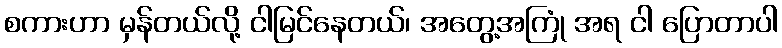
စကားဟာ မှန်တယ်လို့ ငါမြင်နေတယ်၊ အတွေ့အကြုံ အရ ငါ ပြောတာပါ